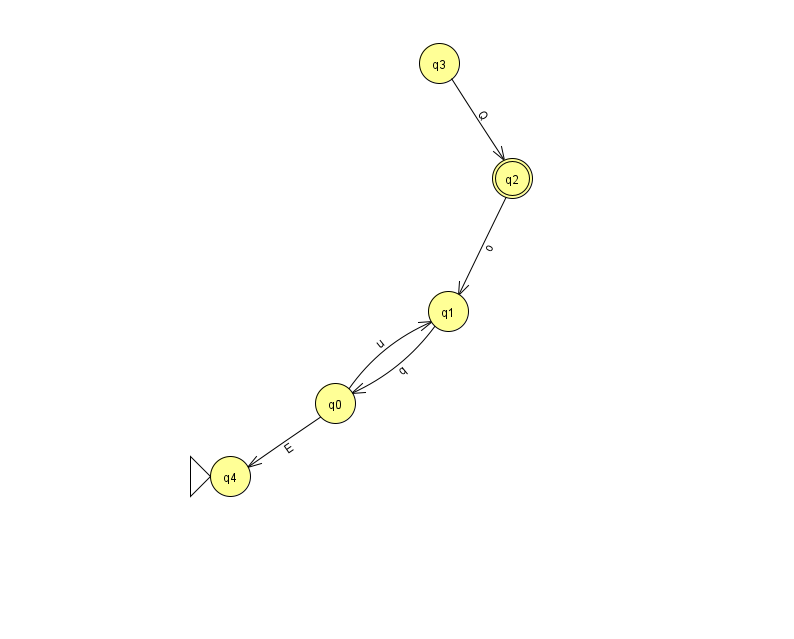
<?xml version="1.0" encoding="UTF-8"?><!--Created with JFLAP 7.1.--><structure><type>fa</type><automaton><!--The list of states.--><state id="0" name="q0"><x>335.0</x><y>390.0</y></state><state id="1" name="q1"><x>448.0</x><y>298.0</y></state><state id="2" name="q2"><x>512.0</x><y>165.0</y><final/></state><state id="3" name="q3"><x>439.0</x><y>50.0</y></state><state id="4" name="q4"><x>230.0</x><y>463.0</y><initial/></state><!--The list of transitions.--><transition><from>3</from><to>2</to><read>Q</read></transition><transition><from>0</from><to>1</to><read>u</read></transition><transition><from>2</from><to>1</to><read>o</read></transition><transition><from>1</from><to>0</to><read>q</read></transition><transition><from>0</from><to>4</to><read>E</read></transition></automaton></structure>